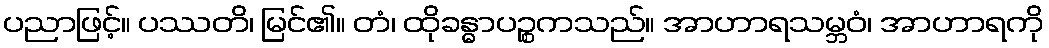
ပညာဖြင့်။ ပဿတိ၊ မြင်၏။ တံ၊ ထိုခန္ဓာပဉ္စကသည်။ အာဟာရသမ္ဘဝံ၊ အာဟာရကို